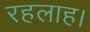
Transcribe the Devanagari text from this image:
रहलाह।